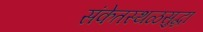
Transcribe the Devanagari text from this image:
संकेतस्थळसुद्धा